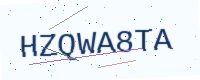
Text: HZQWA8TA